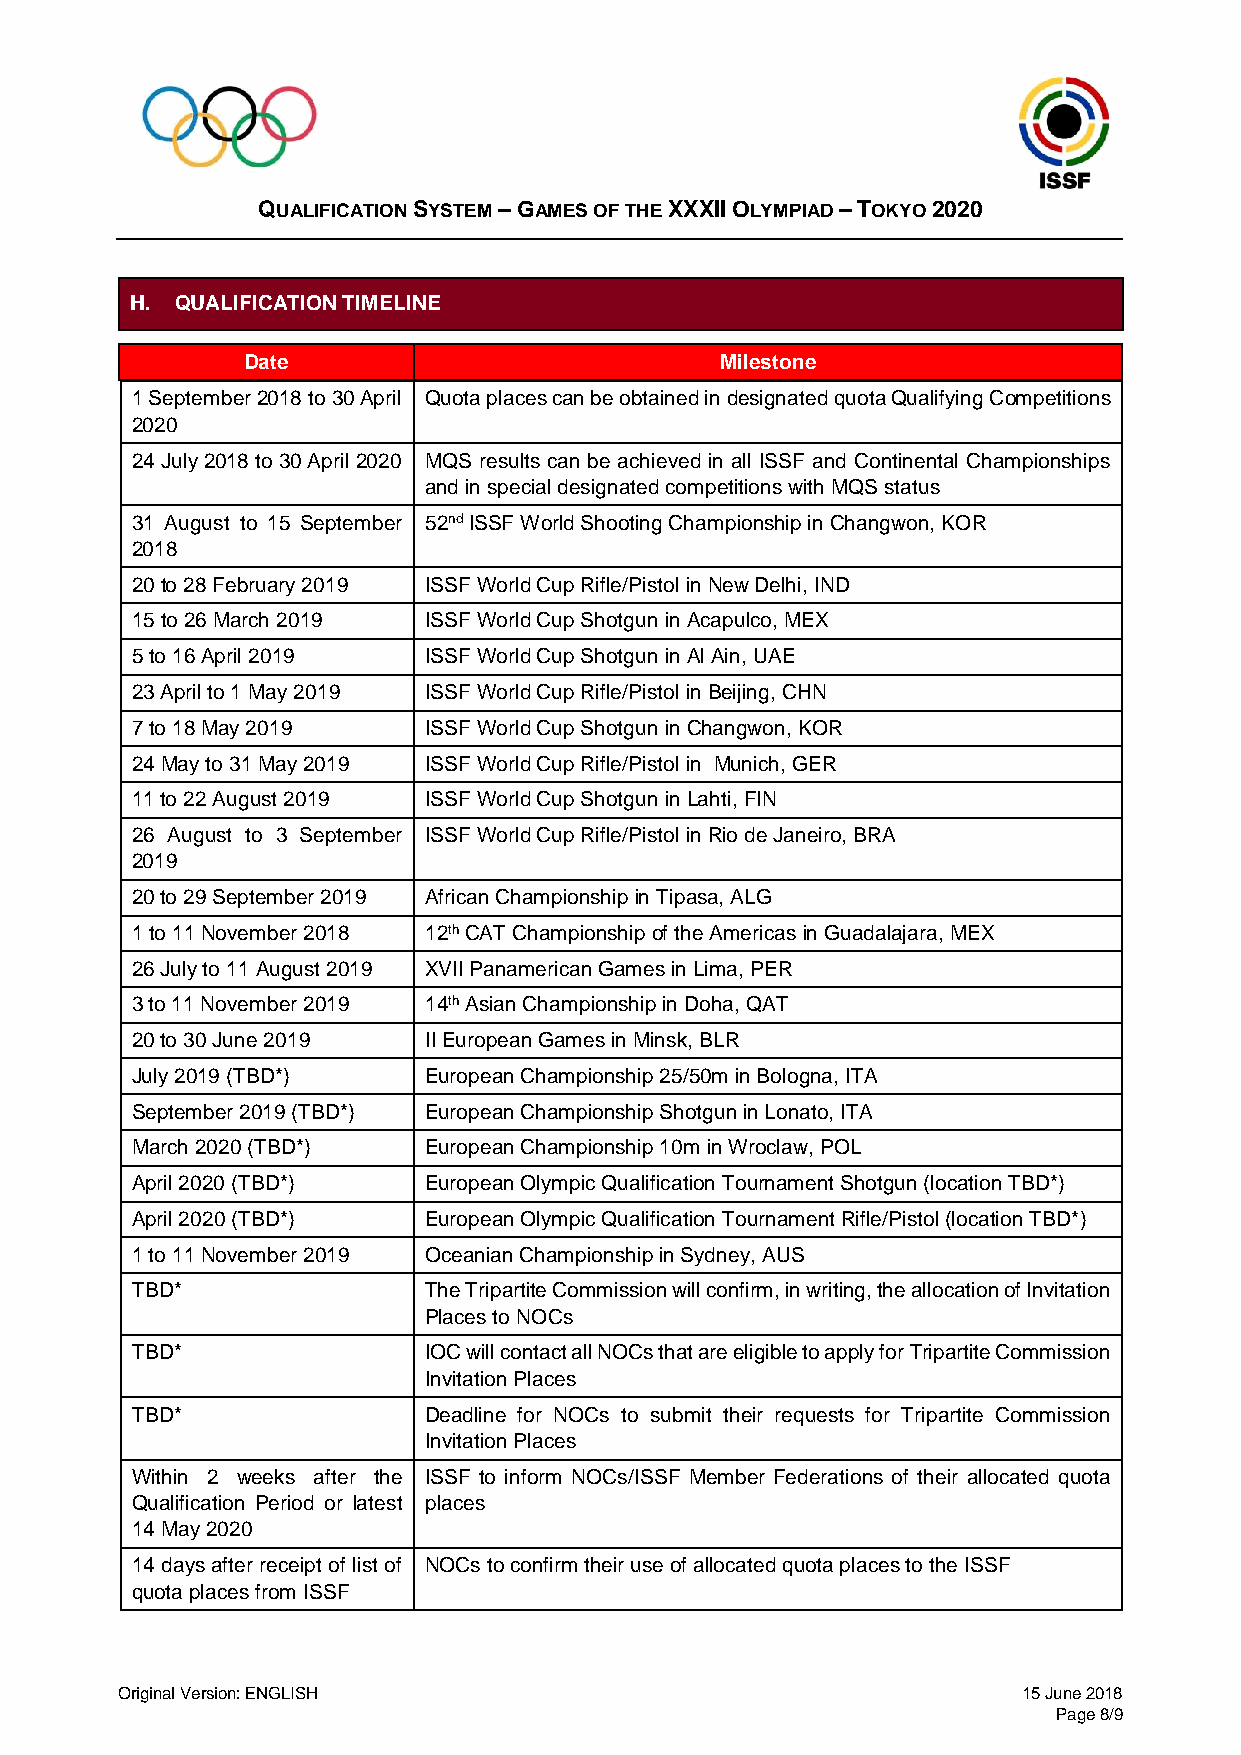
QUALIFICATION SYSTEM – GAMES OF THE XXXII OLYMPIAD – TOKYO 2020
 H. QUALIFICATION TIMELINE
 Date                            Milestone
 1 September 2018 to 30 April Quota places can be obtained in designated quota Qualifying Competitions
 2020
 24 July 2018 to 30 April 2020 MQS results can be achieved in all ISSF and Continental Championships
 and in special designated competitions with MQS status
 31 August to 15 September 52nd ISSF World Shooting Championship in Changwon, KOR
 2018
 20 to 28 February 2019 ISSF World Cup Rifle/Pistol in New Delhi, IND
 15 to 26 March 2019 ISSF World Cup Shotgun in Acapulco, MEX
 5 to 16 April 2019 ISSF World Cup Shotgun in Al Ain, UAE
 23 April to 1 May 2019 ISSF World Cup Rifle/Pistol in Beijing, CHN
 7 to 18 May 2019   ISSF World Cup Shotgun in Changwon, KOR
 24 May to 31 May 2019 ISSF World Cup Rifle/Pistol in Munich, GER
 11 to 22 August 2019 ISSF World Cup Shotgun in Lahti, FIN
 26 August to 3 September ISSF World Cup Rifle/Pistol in Rio de Janeiro, BRA
 2019
 20 to 29 September 2019 African Championship in Tipasa, ALG
 1 to 11 November 2018 12th CAT Championship of the Americas in Guadalajara, MEX
 26 July to 11 August 2019 XVII Panamerican Games in Lima, PER
 3 to 11 November 2019 14th Asian Championship in Doha, QAT
 20 to 30 June 2019 II European Games in Minsk, BLR
 July 2019 (TBD*)   European Championship 25/50m in Bologna, ITA
 September 2019 (TBD*) European Championship Shotgun in Lonato, ITA
 March 2020 (TBD*)  European Championship 10m in Wroclaw, POL
 April 2020 (TBD*)  European Olympic Qualification Tournament Shotgun (location TBD*)
 April 2020 (TBD*)  European Olympic Qualification Tournament Rifle/Pistol (location TBD*)
 1 to 11 November 2019 Oceanian Championship in Sydney, AUS
 TBD*               The Tripartite Commission will confirm, in writing, the allocation of Invitation
 Places to NOCs
 TBD*               IOC will contact all NOCs that are eligible to apply for Tripartite Commission
 Invitation Places
 TBD*               Deadline for NOCs to submit their requests for Tripartite Commission
 Invitation Places
 Within 2 weeks after the ISSF to inform NOCs/ISSF Member Federations of their allocated quota
 Qualification Period or latest places
 14 May 2020
 14 days after receipt of list of NOCs to confirm their use of allocated quota places to the ISSF
 quota places from ISSF
 Original Version: ENGLISH                                   15 June 2018
 Page 8/9